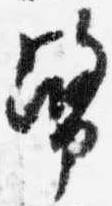
幣